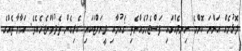
ލޮޅުމެއް އަންނަ ކޮންމެ ހިނދެއްގައި ފަސްޖެހުމެއްނެތި ޤައުމާއި ދީނަށްޓަކައި ކެރިގެން ތެދުވާންޖެހެއެވެ. އަމާނާތެއްގެ